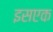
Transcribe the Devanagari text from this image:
इसएक